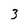
Character: 3